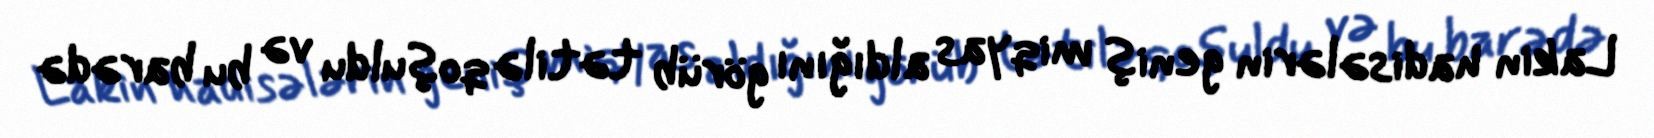
Lakin hadisələrin geniş miqyas aldığını görüb tətilə qoşuldu və bu barədə